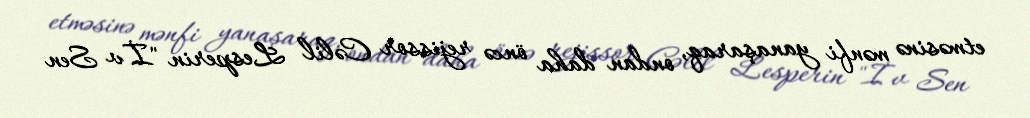
etməsinə mənfi yanaşaraq, ondan daha öncə rejissor Cəlil Lesperin "İv Sen